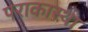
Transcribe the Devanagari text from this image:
पराकास्था